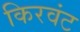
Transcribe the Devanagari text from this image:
किरवंट